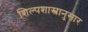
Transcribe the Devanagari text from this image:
शिल्पशास्त्रानुसार